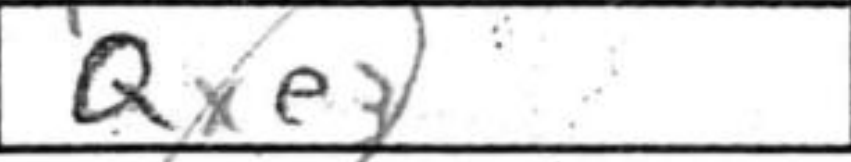
Transcription: Qxe3